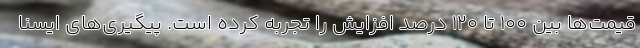
قیمت‌ها بین ۱۰۰ تا ۱۲۰ درصد افزایش را تجربه کرده است. پیگیری‌های ایسنا